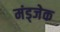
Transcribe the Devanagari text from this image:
मंड्जेक